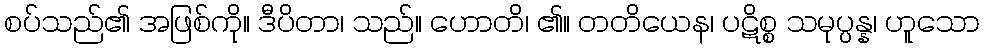
စပ်သည်၏ အဖြစ်ကို။ ဒီပိတာ၊ သည်။ ဟောတိ၊ ၏။ တတိယေန၊ ပဋိစ္စ သမုပ္ပန္န၊ ဟူသော